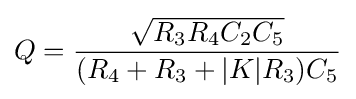
Q={\frac {\sqrt {R_{3}R_{4}C_{2}C_{5}}}{(R_{4}+R_{3}+|K|R_{3})C_{5}}}